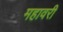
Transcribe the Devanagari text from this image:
महावरी